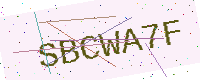
Text: SBCWA7F